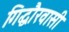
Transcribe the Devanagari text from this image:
गिद्धौरवासी